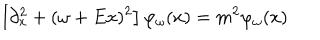
LaTeX: \left[ \partial _ { x } ^ { 2 } + ( \omega + E x ) ^ { 2 } \right] \varphi _ { \omega } ( x ) = m ^ { 2 } \varphi _ { \omega } ( x )